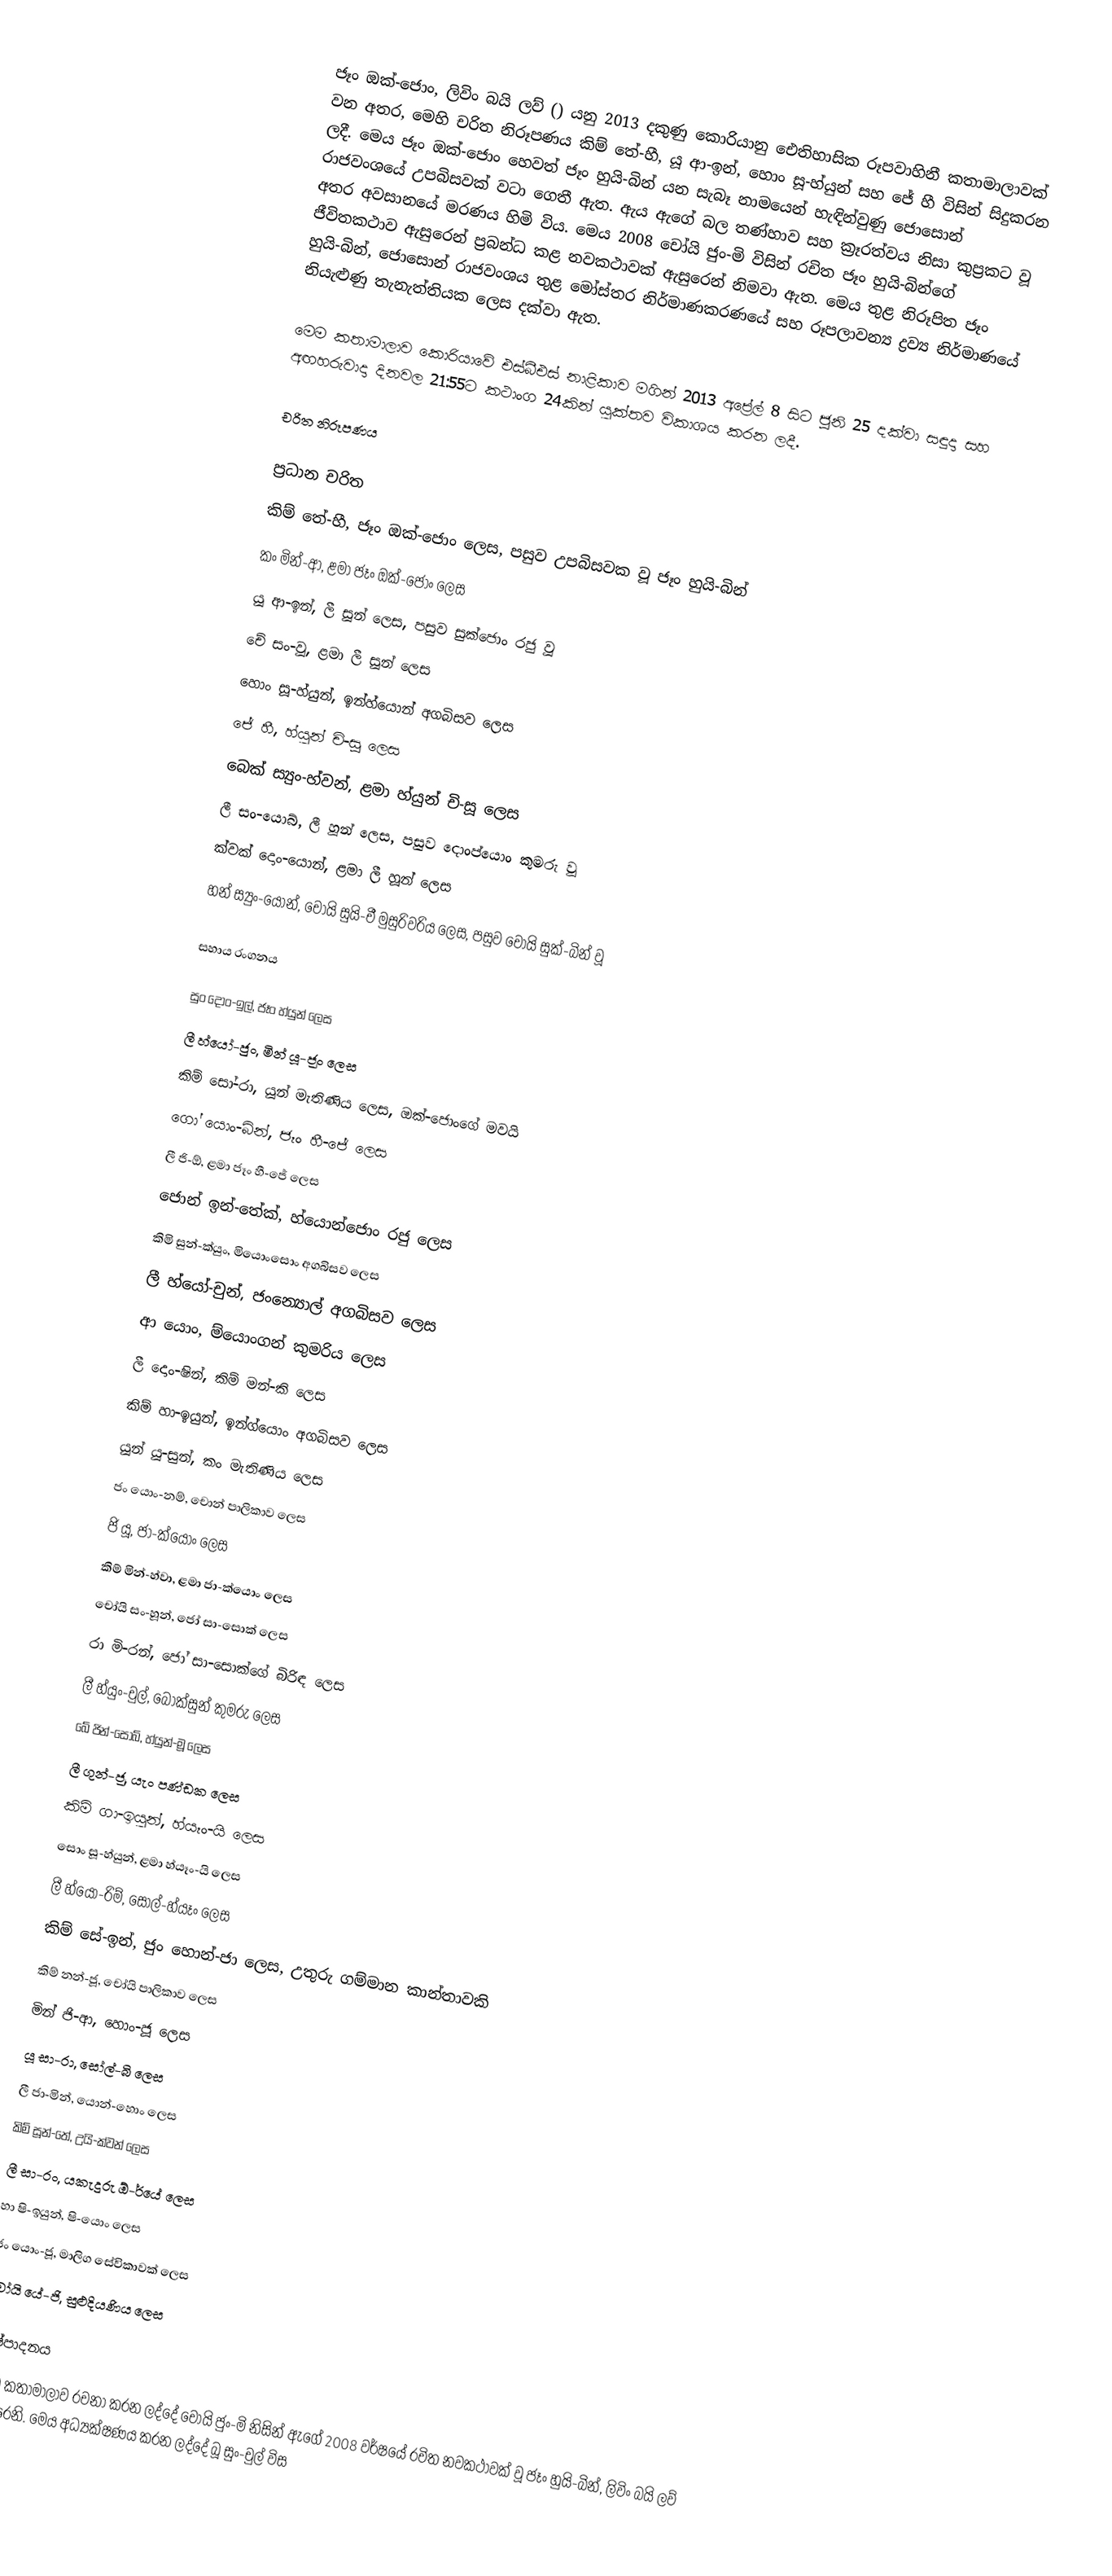
ජෑං ඔක්-ජොං, ලිවිං බයි ලව් () යනු 2013 දකුණු කොරියානු ඓතිහාසික රූපවාහිනී කතාමාලාවක් වන අතර, මෙහි චරිත නිරූපණය කිම් තේ-හී, යූ ආ-ඉන්, හොං සූ-හ්යුන් සහ ජේ හී විසින් සිදුකරන ලදී. මෙය ජෑං ඔක්-ජොං හෙවත් ජෑං හුයි-බින් යන සැබෑ නාමයෙන් හැඳින්වුණු ජොසොන් රාජවංශයේ උපබිසවක් වටා ගෙතී ඇත. ඇය ඇගේ බල තණ්හාව සහ ක්‍රෑරත්වය නිසා කුප්‍රකට වූ අතර අවසානයේ මරණය හිමි විය. මෙය 2008 චෝයි ජුං-මි විසින් රචිත ජෑං හුයි-බින්ගේ ජීවිතකථාව ඇසුරෙන් ප්‍රබන්ධ කළ නවකථාවක් ඇසුරෙන් නිමවා ඇත. මෙය තුළ නිරූපිත ජෑං හුයි-බින්, ජොසොන් රාජවංශය තුළ මෝස්තර නිර්මාණකරණයේ සහ රූපලාවන්‍ය ද්‍රව්‍ය නිර්මාණයේ නියැළුණු තැනැත්තියක ලෙස දක්වා ඇත.

මෙම කතාමාලාව කොරියාවේ එස්බීඑස් නාළිකාව මගින් 2013 අප්‍රේල් 8 සිට ජූනි 25 දක්වා සඳුදා සහ අඟහරුවාදා දිනවල 21:55ට කථාංග 24කින් යුක්තව විකාශය කරන ලදී.

චරිත නිරූපණය

ප්‍රධාන චරිත
 කිම් තේ-හී, ජෑං ඔක්-ජොං ලෙස, පසුව උපබිසවක වූ ජෑං හුයි-බින්
 කං මින්-ආ, ළමා ජෑං ඔක්-ජොං ලෙස
 යූ ආ-ඉන්, ලී සූන් ලෙස, පසුව සුක්ජොං රජු වූ
 චේ සං-වූ, ළමා ලී සූන් ලෙස
 හොං සූ-හ්යුන්, ඉන්හ්යොන් අගබිසව ලෙස
 ජේ හී, හ්යුන් චි-සූ ලෙස
 බෙක් ස්‍යුං-හ්වන්, ළමා හ්යුන් චි-සූ ලෙස
 ලී සං-යොබ්, ලී හූන් ලෙස, පසුව දොංප්යොං කුමරු වූ
 ක්වක් දොං-යොන්, ළමා ලී හූන් ලෙස
 හන් ස්‍යුං-යොන්, චෝයි සුයි-චී මුසුරිවරිය ලෙස, පසුව චෝයි සුක්-බින් වූ

සහාය රංගනය

 සුං දොං-ඉල්, ජෑං හ්යුන් ලෙස
 ලී හ්යෝ-ජුං, මින් යූ-ජූං ලෙස
 කිම් සෝ-රා, යූන් මැතිණිය ලෙස, ඔක්-ජොංගේ මවයි
 ගෝ යොං-බින්, ජෑං හී-ජේ ලෙස
 ලී ජි-ඕ, ළමා ජෑං හී-ජේ ලෙස
 ජොන් ඉන්-තේක්, හ්යොන්ජොං රජු ලෙස
 කිමි සුන්-ක්යුං, මියොංසොං අගබිසව ලෙස
 ලී හ්යෝ-චුන්, ජංන්‍යොල් අගබිසව ලෙස
 ආ යොං, ම්යොංගන් කුමරිය ලෙස
 ලී දොං-ෂින්, කිම් මන්-කි ලෙස
 කිම් හා-ඉයුන්, ඉන්ග්යොං අගබිසව ලෙස
 යූන් යූ-සුන්, කං මැතිණිය ලෙස
 ජං යොං-නම්, චොන් පාලිකාව ලෙස
 ජි යූ, ජා-ක්යොං ලෙස
 කිම් මින්-හ්වා, ළමා ජා-ක්යොං ලෙස
 චෝයි සං-හූන්, ජෝ සා-සොක් ලෙස
 රා මි-රන්, ජෝ සා-සොක්ගේ බිරිඳ ලෙස
 ලී හ්යුං-චුල්, බොක්සුන් කුමරු ලෙස
 බේ ජින්-සොබ්, හ්යුන්-මූ ලෙස
 ලී ගුන්-ජූ, යැං පණ්ඩක ලෙස
 කිම් ගා-ඉයුන්, හ්යෑං-යි ලෙස
 සොං සූ-හ්යුන්, ළමා හ්යෑං-යි ලෙස
 ලී හ්යෝ-රිම්, සෝල්-හ්යෑං ලෙස
 කිම් සේ-ඉන්, ජුං හොන්-ජා ලෙස, උතුරු ගම්මාන කාන්තාවකි
 කිම් නන්-ජූ, චෝයි පාලිකාව ලෙස
 මින් ජි-ආ, හොං-ජූ ලෙස
 යූ සා-රා, සෝල්-බි ලෙස
 ලී ජා-මින්, යොන්-හොං ලෙස
 කිම් සූන්-තේ, උයි-ක්වන් ලෙස
 ලී සා-රං, යකැදුරු ඕ-ර්යේ ලෙස
 හා ෂි-ඉයුන්, ෂි-යොං ලෙස
 ජං යොං-ජූ, මාලිග සේවිකාවක් ලෙස
 චෝයි යේ-ජි, සුළුදියණිය ලෙස

නිෂ්පාදනය
මෙම කතාමාලාව රචනා කරන ලද්දේ චෝයි ජුං-මි නිසින් ඇගේ 2008 වර්ෂයේ රචිත නවකථාවක් වූ ජෑං හුයි-බින්, ලිවිං බයි ලව් ඇසුරෙනි. මෙය අධ්‍යක්ෂණය කරන ලද්දේ බූ සුං-චුල් විස